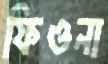
ফিওনা